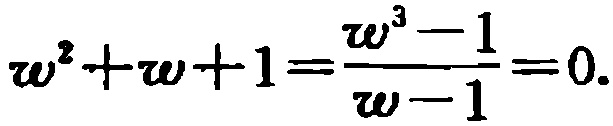
\(\omega^{2}+\omega + 1=\frac{\omega^{3}-1}{\omega - 1}=0\)